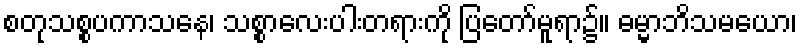
စတုသစ္စပကာသနေ၊ သစ္စာလေးပါးတရားကို ပြတော်မူရာ၌။ ဓမ္မာဘိသမယော၊